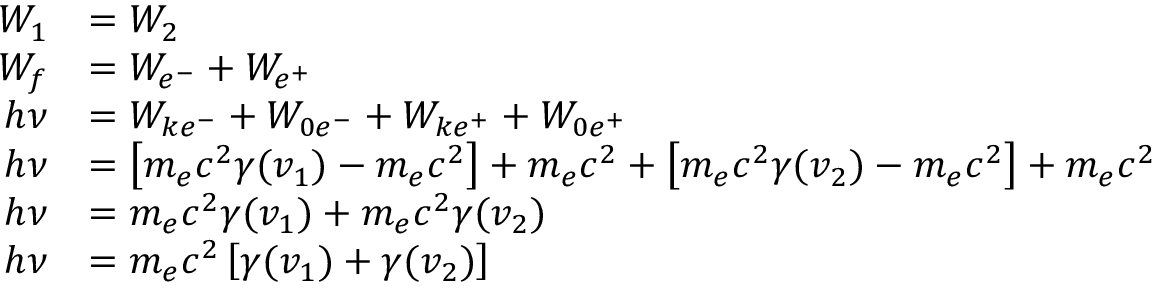
\begin{array} { r l } { W _ { 1 } } & { = W _ { 2 } } \\ { W _ { f } } & { = W _ { e ^ { - } } + W _ { e ^ { + } } } \\ { h \nu } & { = W _ { k e ^ { - } } + W _ { 0 e ^ { - } } + W _ { k e ^ { + } } + W _ { 0 e ^ { + } } } \\ { h \nu } & { = \left[ m _ { e } c ^ { 2 } \gamma ( v _ { 1 } ) - m _ { e } c ^ { 2 } \right] + m _ { e } c ^ { 2 } + \left[ m _ { e } c ^ { 2 } \gamma ( v _ { 2 } ) - m _ { e } c ^ { 2 } \right] + m _ { e } c ^ { 2 } } \\ { h \nu } & { = m _ { e } c ^ { 2 } \gamma ( v _ { 1 } ) + m _ { e } c ^ { 2 } \gamma ( v _ { 2 } ) } \\ { h \nu } & { = m _ { e } c ^ { 2 } \left[ \gamma ( v _ { 1 } ) + \gamma ( v _ { 2 } ) \right] } \end{array}